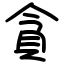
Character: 貪